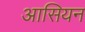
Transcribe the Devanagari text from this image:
आसियन